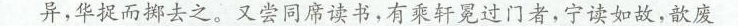
异，华捉而掷去之。又尝同席读书，有乘轩冕过门者，宁读如故，歆废